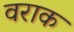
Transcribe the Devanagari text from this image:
वराक